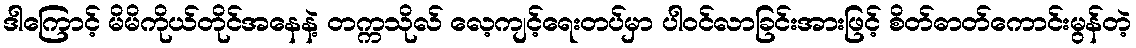
ဒါကြောင့် မိမိကိုယ်တိုင်အနေနဲ့ တက္ကသိုလ် လေ့ကျင့်ရေးတပ်မှာ ပါဝင်လာခြင်းအားဖြင့် စိတ်ဓာတ်ကောင်းမွန်တဲ့